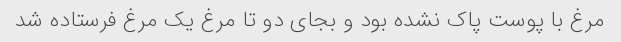
مرغ با پوست ‌پاک نشده بود و بجای دو تا مرغ یک مرغ فرستاده شد